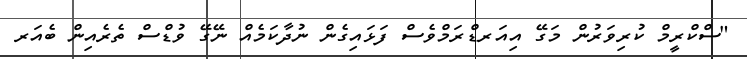
"ސްކްރީމް ކުރިވަރުން މަގޭ އިއަރޑްރަމްވެސް ފަޅައިގެން ނުދާކަމެއް ނޭގޭ ވުޑްސް ތެރެއިން ބެއަރ